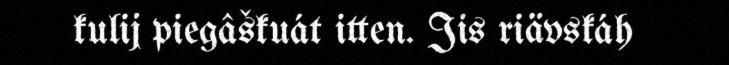
kulij piegâškuát itten. Jis riävskáh